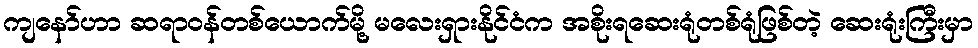
ကျနော်ဟာ ဆရာဝန်တစ်ယောက်မို့ မလေးရှားနိုင်ငံက အစိုးရဆေးရုံတစ်ရုံဖြစ်တဲ့ ဆေးရုံးကြီးမှာ